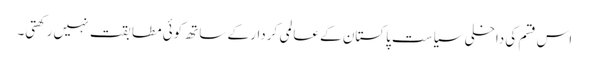
اس قسم کی داخلی سیاست پاکستان کے عالمی کردار کے ساتھ کوئی مطابقت نہیں رکھتی۔